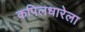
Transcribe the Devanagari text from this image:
कपिलधारेला